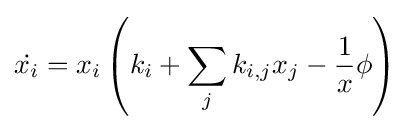
{\dot {x_{i}}}=x_{i}\left(k_{i}+\sum _{j}k_{i,j}x_{j}-{\frac {1}{x}}\phi \right)